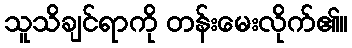
သူသိချင်ရာကို တန်းမေးလိုက်၏။